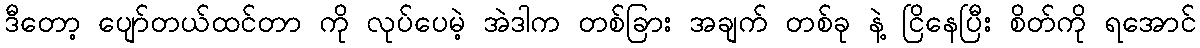
ဒီတော့ ပျော်တယ်ထင်တာ ကို လုပ်ပေမဲ့ အဲဒါက တစ်ခြား အချက် တစ်ခု နဲ့ ငြိနေပြီး စိတ်ကို ရအောင်